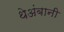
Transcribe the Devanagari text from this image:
थेअंबानी